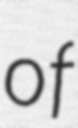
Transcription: of